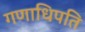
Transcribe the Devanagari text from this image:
गणाधिपति